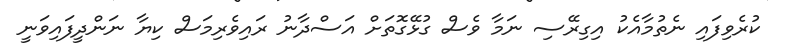
ކުރެވިފައި ނެތުމާއެކު އިގިރޭސި ނަމާ ވެސް ގުޅޭގޮތަށް އަސްދާނު ރައިވެރިމަސް ކިޔާ ނަންދީފައިވަނީ